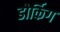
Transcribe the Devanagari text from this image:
डोर्किग